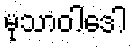
မုသာဝါဒေါ